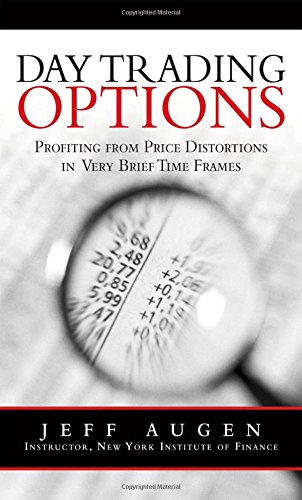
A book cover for Day Trading Options: Profiting from Price Distortions in Very Brief Time Frames; Jeff Augen; Business & Money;